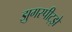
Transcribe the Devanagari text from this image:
झुगस्पीट्झे